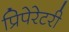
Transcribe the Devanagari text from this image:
प्रिपेरेटरी